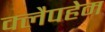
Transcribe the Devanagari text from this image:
क्लैपहेम